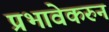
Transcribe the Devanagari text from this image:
प्रभावेकरुन